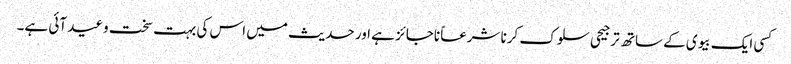
کسی ایک بیوی کے ساتھ ترجیحی سلوک کرنا شرعاً ناجائز ہے اور حدیث میں اس کی بہت سخت وعید آئی ہے۔